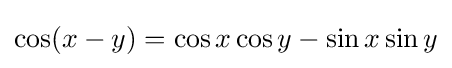
\cos(x-y)=\cos x\cos y-\sin x\sin y